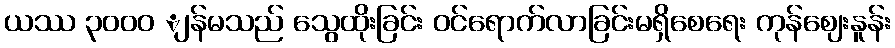
ယဿ ၃၀၀ဝ ျန်မသည် သွေထိုးခြင်း ဝင်ရောက်လာခြင်းမရှိစေရေး ကုန်ဈေးနူန်း